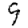
Digit: 9